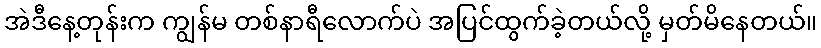
အဲဒီနေ့တုန်းက ကျွန်မ တစ်နာရီလောက်ပဲ အပြင်ထွက်ခဲ့တယ်လို့ မှတ်မိနေတယ်။